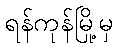
ရန်ကုန်မြို့မှ